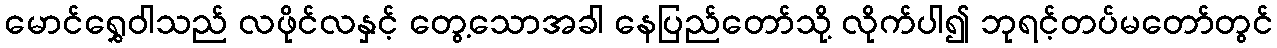
မောင်ရွှေဝါသည် လဖိုင်လနှင့် တွေ့သောအခါ နေပြည်တော်သို့ လိုက်ပါ၍ ဘုရင့်တပ်မတော်တွင်